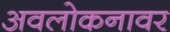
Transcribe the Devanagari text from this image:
अवलोकनावर